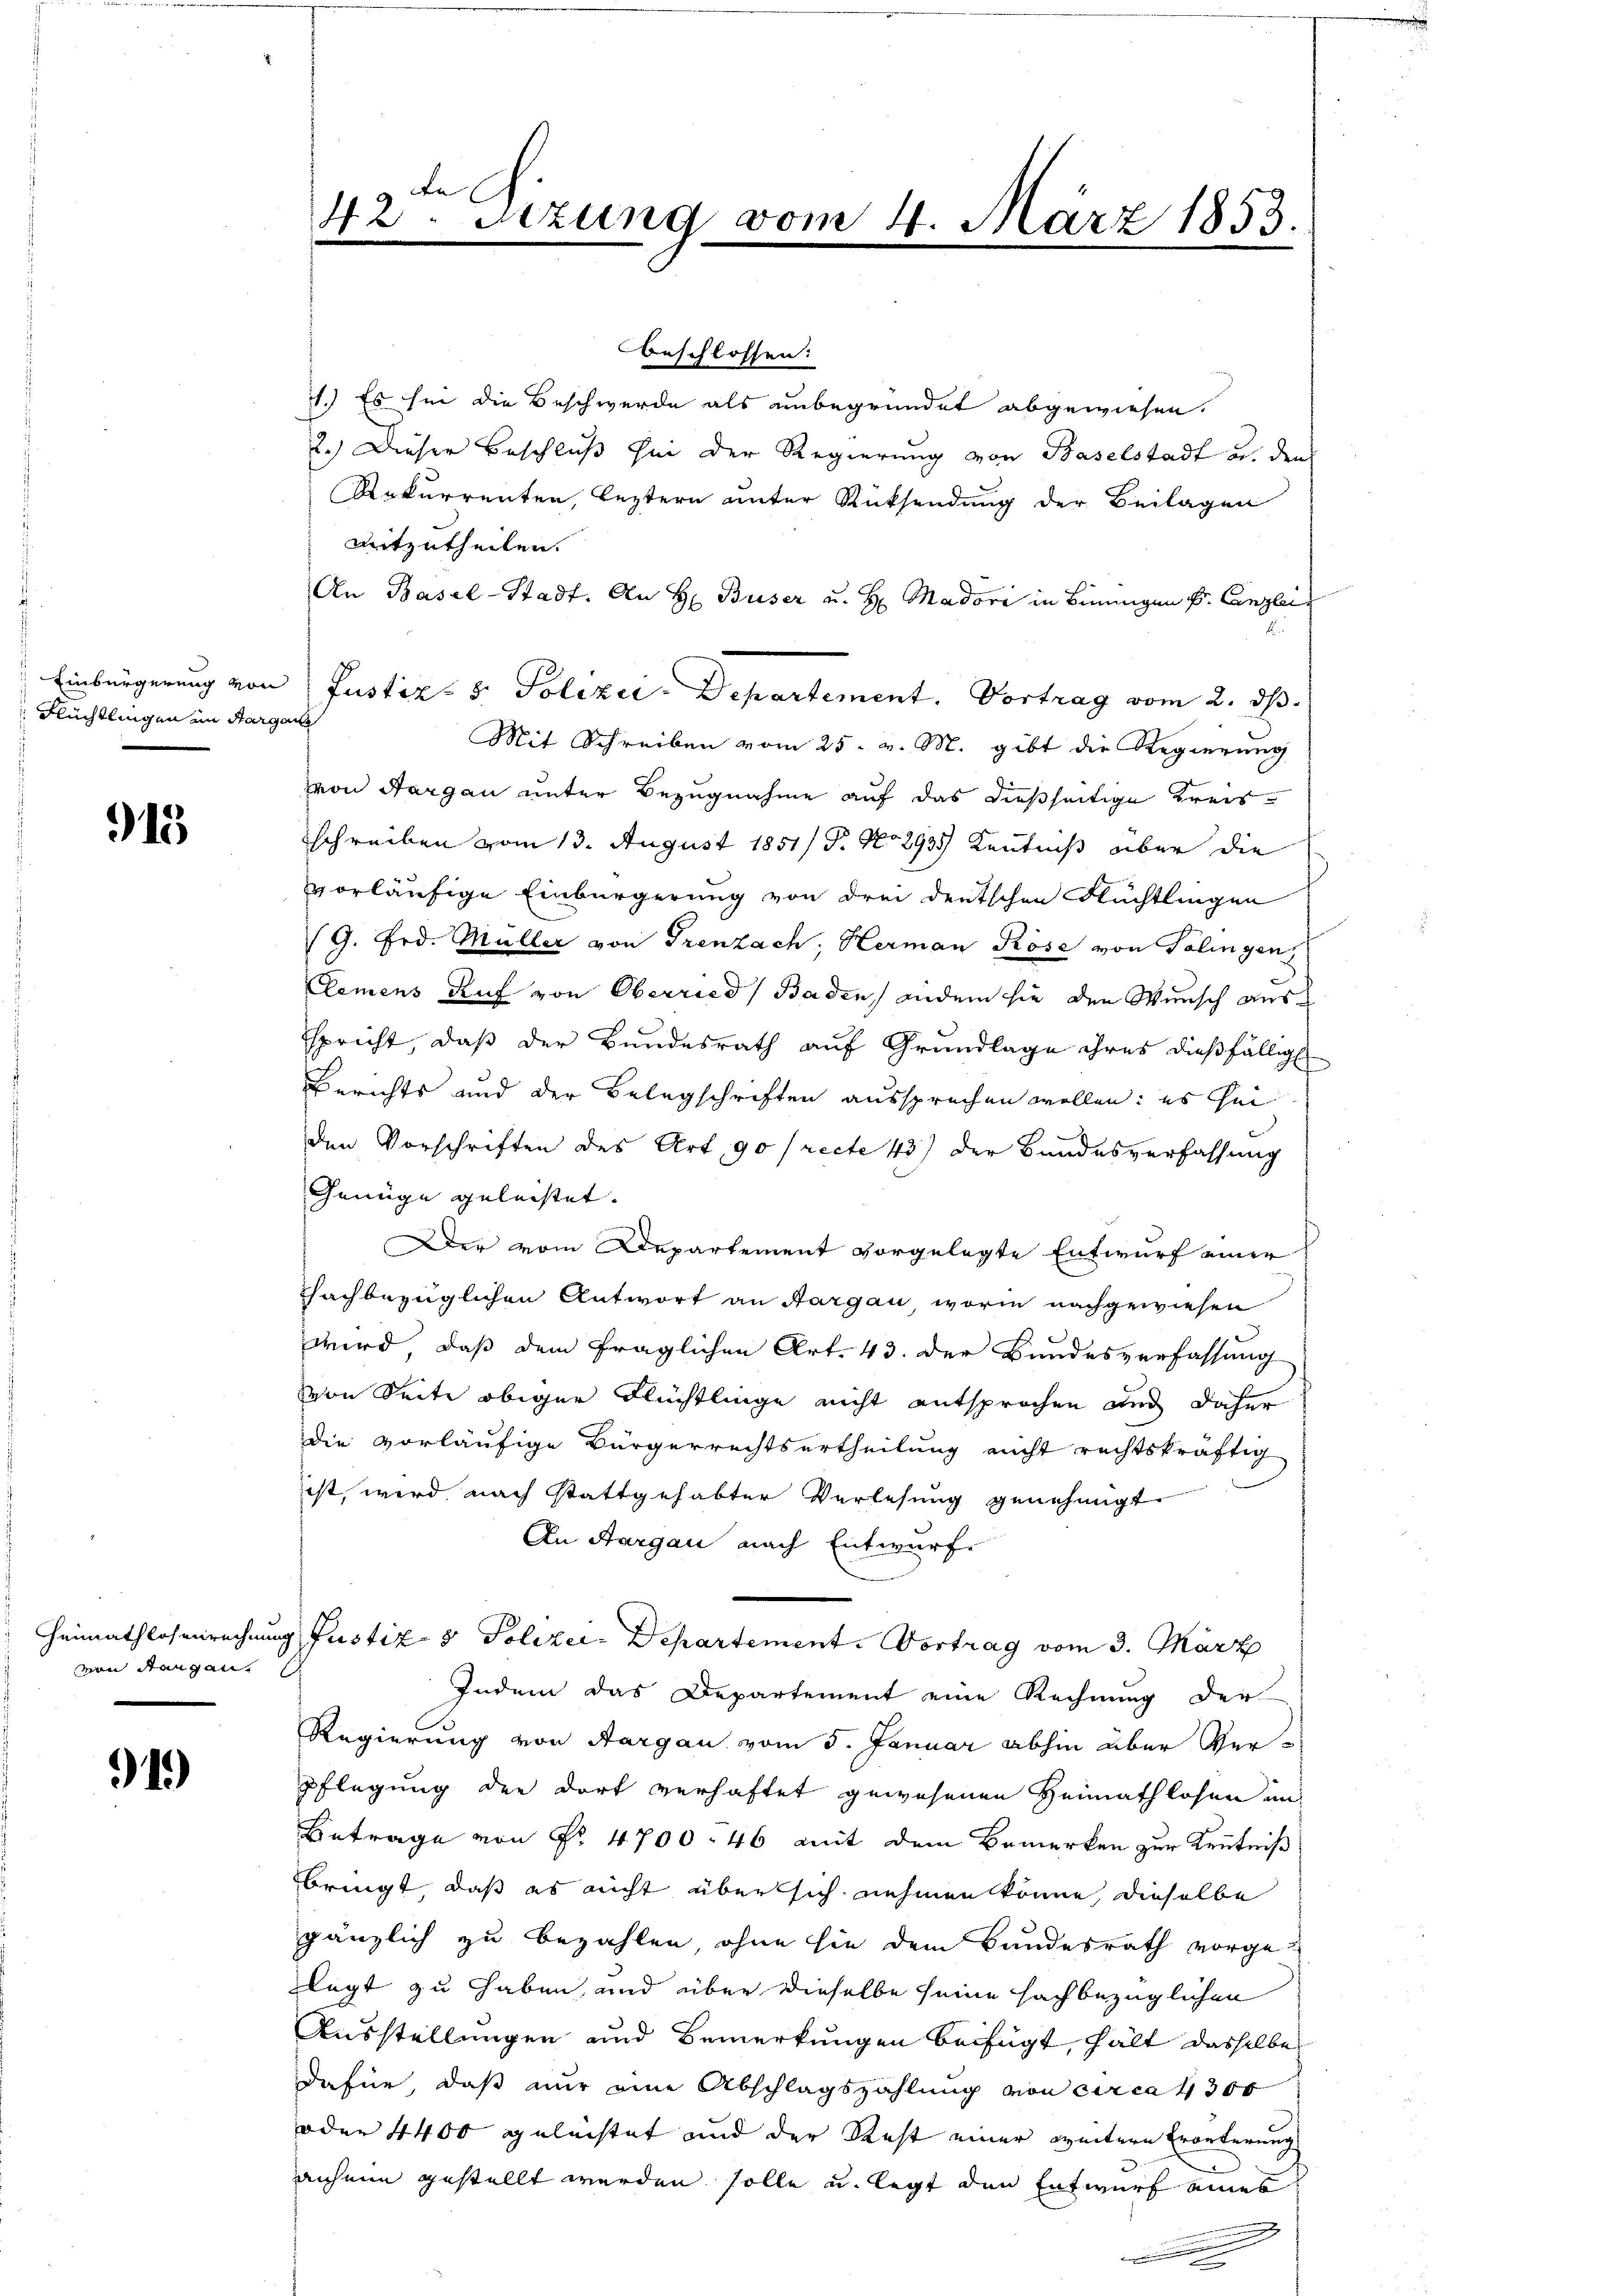
42. Setzung vom 4. März 1853.

beschlossen:
7.) Es sei die Beschwerde als unbegründet abgewiesen.
2.) Dieser Beschluß sei der Regierung von Baselstadt u. den
Rekurrenten, leztern unter Rücksendung der Beilagen
mitzutheilen.
An Basel-Stadt. An H Buser u. H. Madri in Bingen k. Canzlei
Einbürgerung von Justiz- & Polizei-Departement. Vortrag vom 2. ds.
Mit Schreiben vom 25. v. M. gibt die Regierung
von Aargau unter Bezugnahme auf das dießseitige Kreisschreiben vom 13. August 1851/ P. No 293 Kenntniß aber die
vorläufige Einbürgerung von drei deutschen Flüchtlingen
(G. Frd. Müller von Trenzach, Herman Röse von Tolingen
lemens Ruf von Oberried Baden andem sie den Wunsch aus
spricht, daß der Bundesrath auf Grundlage ihres dießfällig
Berichts und der Belegschriften aussprechen wollen: es hei
den Vorschriften des Art. 90 (recte 43) der Bundesverfassung
Genüge geleistet. |
Der vom Departement vorgelegte Entwurf einer
chachbezüglichen Antwort an Aargau, worin nachgewiesen
wird, daß dem fraglichen Art. 43. der Bundesverfassung
von Seite obiger Flüchtlinge nicht entsprochen und daher
die vorläufige Bürgerrechtsurtheilung nicht rechtskräftig
ist, wird nach stattgehabter Verlesung genehmigt.
An Aargau nach Entwurf
Heimathlosenrechnung Justiz & Polizei- Departement. Vortrag vom 3. März
Indem das Departement eine Rechnung der
Regierung von Aargau vom 5. Januar abhin über Verpflegung der dort verhaftet gewesenen Heimathlosen un¬
Betrage von Nr. 4700. 46 mit dem Bemerken zur Kenntniß
bringt, daß es nicht über sich nehmen könne, dieselbe
gänzlich zu bezahlen, ohne sie dem Bundesrath vorge¬
Flegt zu haben, und über dieselbe seine sachbezüglichen
Ausstellungen und Bemerkungen beifügt, hält dasselbe
dafür, daß nur eine Abschlagszahlung von circa 4300
oder 4400 geleistet und der Rest einer weitern Erörterung
anhein gestellt werden solle u. legt den Entwurf eines

Flüchtlingen an Sargau

915

mon Stangen.

919)